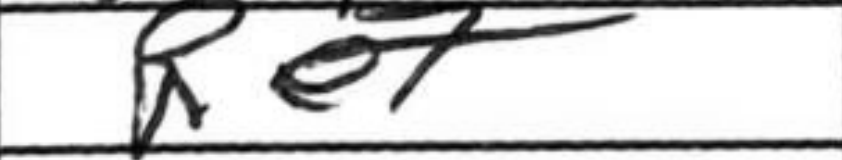
Transcription: Re7